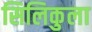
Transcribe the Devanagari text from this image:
सिलिकुला